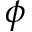
\phi